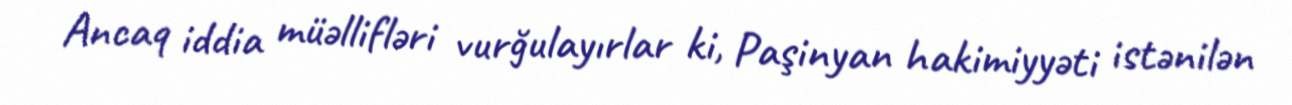
Ancaq iddia müəllifləri vurğulayırlar ki, Paşinyan hakimiyyəti istənilən